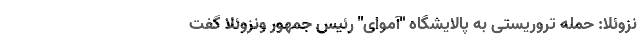
نزوئلا: حمله تروریستی به پالایشگاه "آموای" رئیس جمهور ونزوئلا گفت